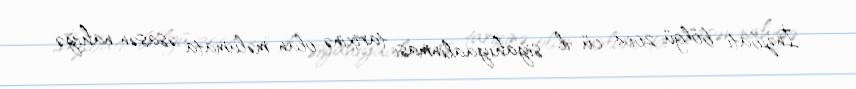
İnzibati bölgü 2004–cü il siyahıyaalınması tarixinə olan məlumata əsasən nahiyə